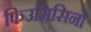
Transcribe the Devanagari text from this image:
फिउमिसिनो